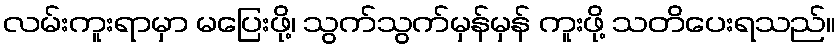
လမ်းကူးရာမှာ မပြေးဖို့၊ သွက်သွက်မှန်မှန် ကူးဖို့ သတိပေးရသည်။